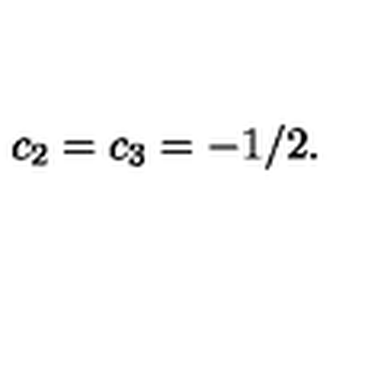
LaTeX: c _ { 2 } = c _ { 3 } = - 1 / 2 .